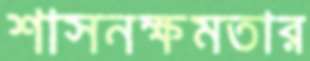
শাসনক্ষমতার